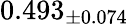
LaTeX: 0.493_{\pm 0.074}